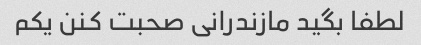
لطفا بگید مازندرانی صحبت کنن یکم